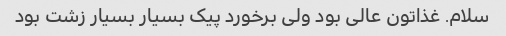
سلام. غذاتون عالی بود ولی برخورد پیک بسیار بسیار زشت بود